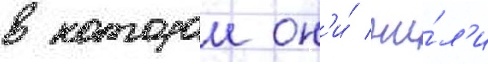
в которои он'и́ жи́л'и